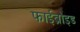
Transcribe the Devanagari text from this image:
फाईब्रोइड